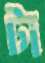
টা